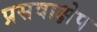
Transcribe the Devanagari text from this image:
प्रसवाक्षेप